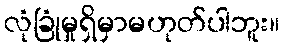
လုံခြုံမှုရှိမှာမဟုတ်ပါဘူး။